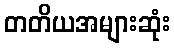
တတိယအများဆုံး